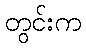
တွင်းက